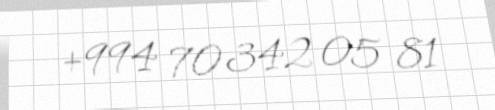
+994 70 342 05 81